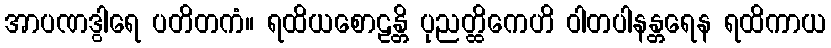
အာပဏဒွါရေ ပတိတကံ။ ရထိယစောဠန္တိ ပုညတ္ထိကေဟိ ဝါတပါနန္တရေန ရထိကာယ